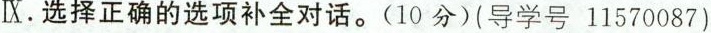
Ⅸ.选择正确的选项补全对话.(10分)(导学号11570087)